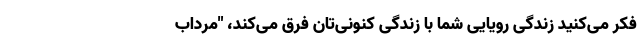
فکر می‌کنید زندگی رویایی شما با زندگی کنونی‌تان فرق می‌کند، "مرداب